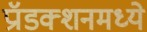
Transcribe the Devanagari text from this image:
प्रॉडक्शनमध्ये